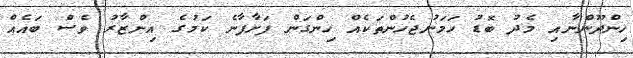
ހިންދޫންނާއި މެދު ބޮޑު ހަމަނުޖެހުންތަކެއް ހިންގަން ފަށާފާނެ ކަމުގެ އިންޒާރު ވެސް ބައެއް